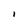
Character: I